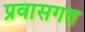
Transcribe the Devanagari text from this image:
प्रवासगत